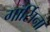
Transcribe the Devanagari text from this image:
गार्सिना